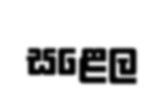
සළෙල